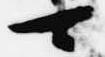
可